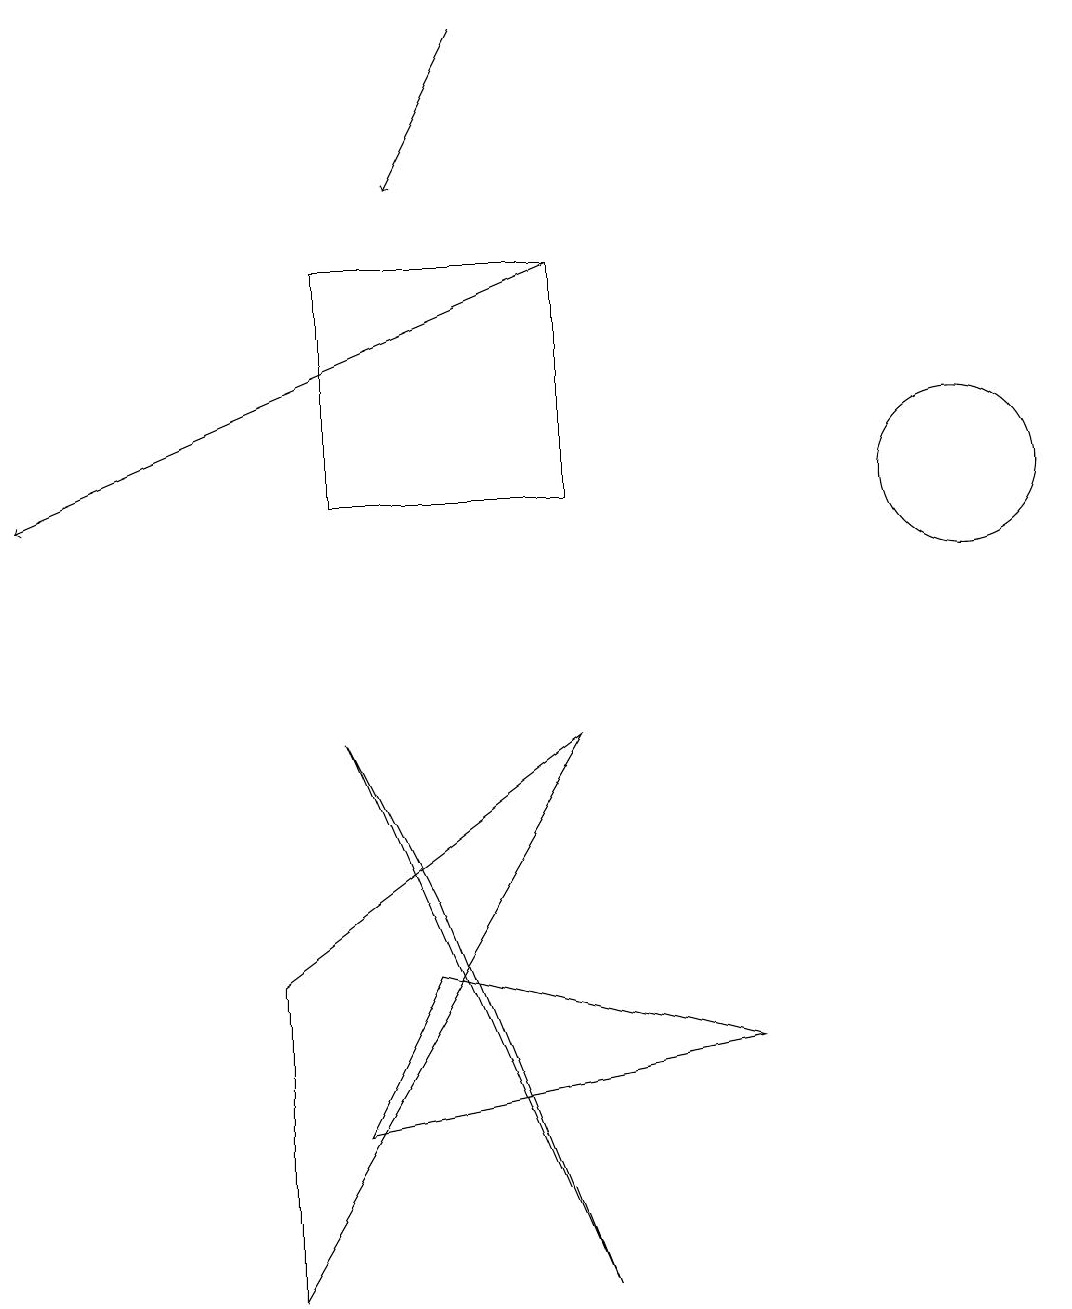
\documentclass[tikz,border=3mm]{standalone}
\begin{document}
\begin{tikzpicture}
\draw (12,10) circle (1);
\draw (7,7) -- (3,0) -- (3,4) -- cycle;
\draw (4,7) -- (7,0) -- (5,5) -- cycle;
\draw (4,2) -- (9,3) -- (5,4) -- cycle;
\draw[->] (7,13) -- (0,10);
\draw[->] (6,16) -- (5,14);
\draw (7,13) rectangle (4,10);
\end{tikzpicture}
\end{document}